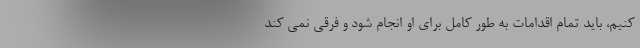
کنیم، باید تمام اقدامات به طور کامل برای او انجام شود و فرقی نمی کند